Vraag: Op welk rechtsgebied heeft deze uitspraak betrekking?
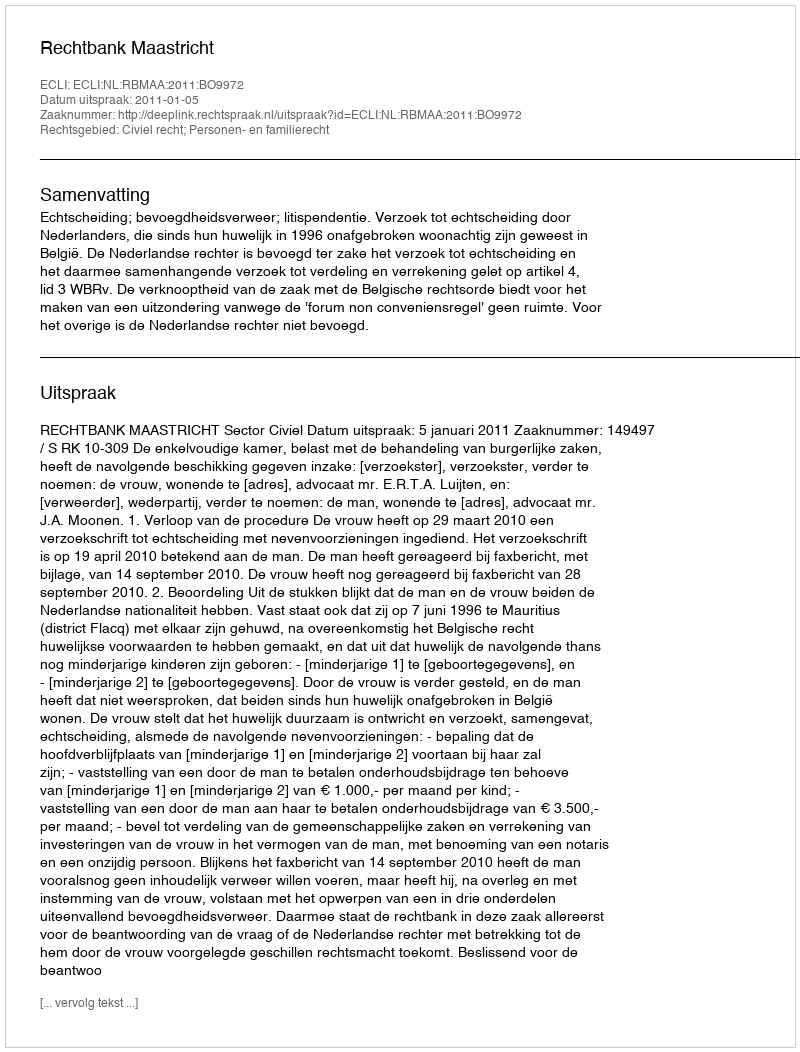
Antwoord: Civiel recht; Personen- en familierecht